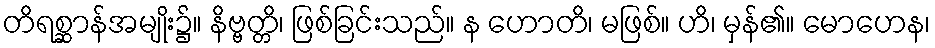
တိရစ္ဆာန်အမျိုး၌။ နိဗ္ဗတ္တိ၊ ဖြစ်ခြင်းသည်။ န ဟောတိ၊ မဖြစ်။ ဟိ၊ မှန်၏။ မောဟေန၊